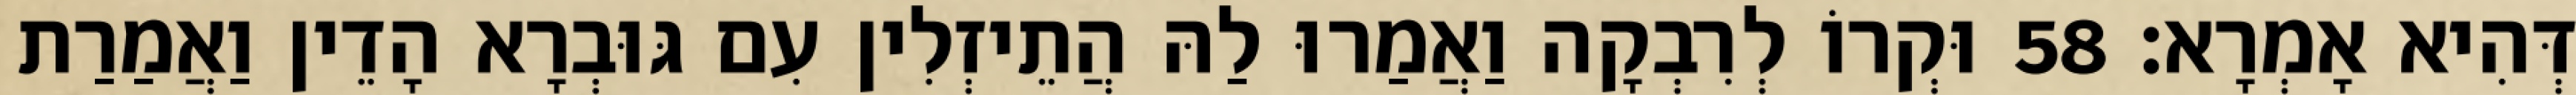
דְּהִיא אָמְרָא׃ 58 וּקְרוֹ לְרִבְקָה וַאֲמַרוּ לַהּ הֲתֵיזְלִין עִם גּוּבְרָא הָדֵין וַאֲמַרַת